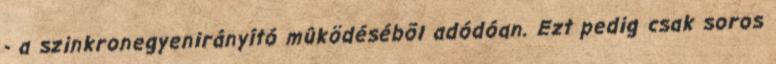
- a szinkronegyenirányító mûködésébõl adódóan. Ezt pedig csak soros